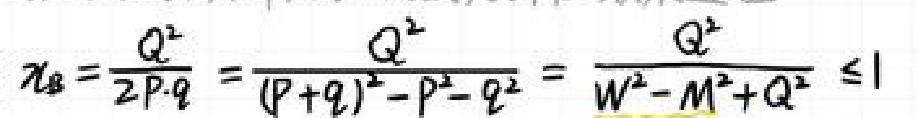
\[ \varkappa_{B}=\frac{Q^{2}}{2P\cdot q}=\frac{Q^{2}}{(P + q)^{2}-P^{2}-q^{2}}=\frac{Q^{2}}{W^{2}-M^{2}+Q^{2}}\leq1 \]